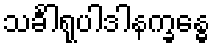
သင်္ခါရုပါဒါနက္ခန္ဓေ